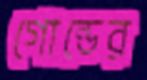
গোল্ডের